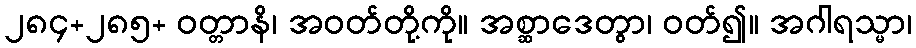
၂၈၄+၂၈၅+ ဝတ္တာနိ၊ အဝတ်တို့ကို။ အစ္ဆာဒေတွာ၊ ဝတ်၍။ အဂါရသ္မာ၊